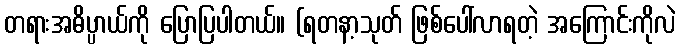
တရားအဓိပ္ပာယ်ကို ပြောပြပါတယ်။ (ရတနာ့သုတ် ဖြစ်ပေါ်လာရတဲ့ အကြောင်းကိုလဲ